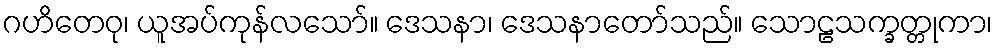
ဂဟိတေဝု၊ ယူအပ်ကုန်လသော်။ ဒေသနာ၊ ဒေသနာတော်သည်။ သောဠသက္ခတ္တုကာ၊